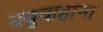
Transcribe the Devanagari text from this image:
बब्रुवाहाना